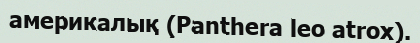
америкалық (Panthera leo atrox).